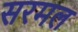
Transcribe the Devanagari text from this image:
सरमल